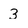
Character: 3